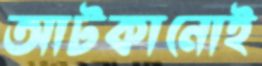
আটকানোই